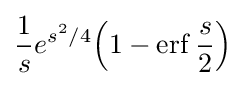
{\frac {1}{s}}e^{s^{2}/4}\!\left(1-\operatorname {erf} {\frac {s}{2}}\right)